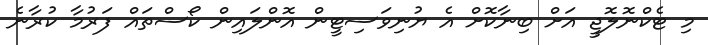
މި ޓެކްނޮލޮޖީ އަށް ބިނާކޮށް އެ ޔުނިވަސިޓީން އޮންލައިން ކޯސްތައް ފަރުމާ ކުރާނެ